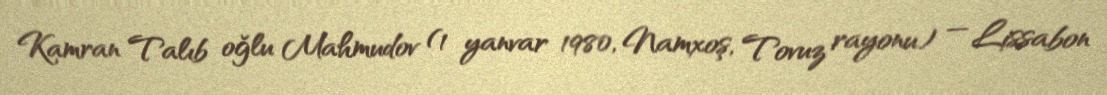
Kamran Talıb oğlu Mahmudov (1 yanvar 1980, Namxoş, Tovuz rayonu) — Lissabon